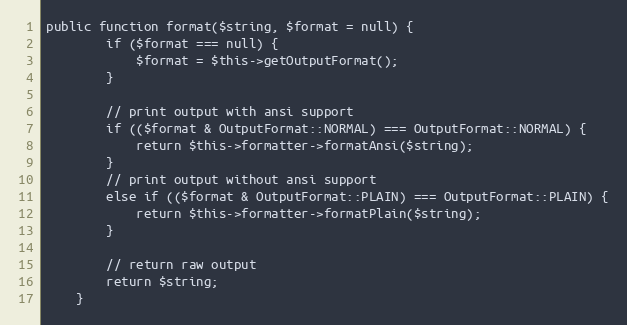
Language: PHP
public function format($string, $format = null) {
        if ($format === null) {
            $format = $this->getOutputFormat();
        }

        // print output with ansi support
        if (($format & OutputFormat::NORMAL) === OutputFormat::NORMAL) {
            return $this->formatter->formatAnsi($string);
        }
        // print output without ansi support
        else if (($format & OutputFormat::PLAIN) === OutputFormat::PLAIN) {
            return $this->formatter->formatPlain($string);
        }

        // return raw output
        return $string;
    }